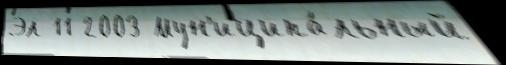
Эл 11 2003 Мун'иципа́льный